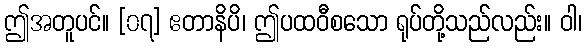
ဤအတူပင်။ [၀၇] ဧတာနိပိ၊ ဤပထဝီစသော ရုပ်တို့သည်လည်း။ ဝါ၊